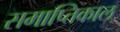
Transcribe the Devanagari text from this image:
समाप्तिकाल